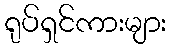
ရုပ်ရှင်ကားများ